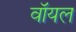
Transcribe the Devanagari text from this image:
वॉयल